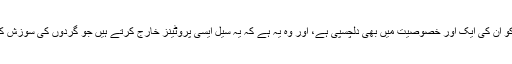
لیکن سائنس دانوں کو ان کی ایک اور خصوصیت میں بھی دلچسپی ہے، اور وہ یہ ہے کہ یہ سیل ایسی پروٹینز خارج کرتے ہیں جو گردوں کی سوزش کو کم کر سکتی ہیں۔